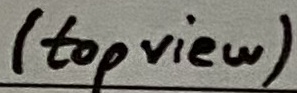
Text: (top view)